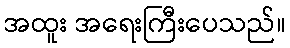
အထူး အရေးကြီးပေသည်။